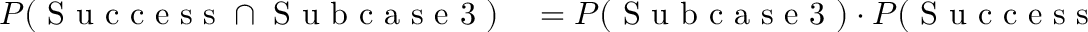
\begin{array} { r l } { P ( \mathrm { ~ S ~ u ~ c ~ c ~ e ~ s ~ s ~ } \cap \mathrm { ~ S ~ u ~ b ~ c ~ a ~ s ~ e ~ 3 ~ } ) } & { { } = P ( \mathrm { ~ S ~ u ~ b ~ c ~ a ~ s ~ e ~ 3 ~ } ) \cdot P ( \mathrm { ~ S ~ u ~ c ~ c ~ e ~ s ~ s ~ } | \mathrm { ~ S ~ u ~ b ~ c ~ a ~ s ~ e ~ 3 ~ } ) } \end{array}